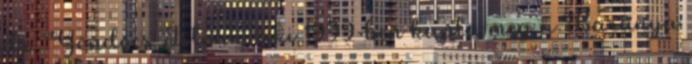
dr. Göndöcs István, aki 1999-ben kapta meg a Baranya